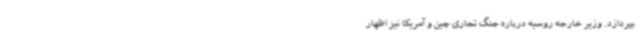
بپردازد. وزیر خارجه روسیه درباره جنگ تجاری چین و آمریکا نیز اظهار